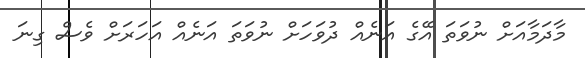
މާދަމާއަށް ނުވަތަ އޭގެ އަނެއް ދުވަހަށް ނުވަތަ އަނެއް އަހަރަށް ވެސް ގިނަ